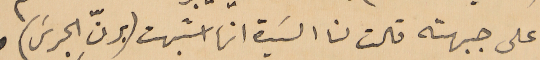
على جبهته قالت لنا السَيدة انها اشبهت (برنِّ الجرسَ)